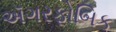
ઍગરફોબિક